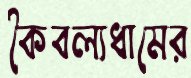
কৈবল্যধামের